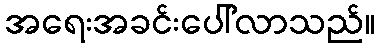
အရေးအခင်းပေါ်လာသည်။